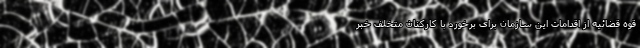
قوه قضائیه از اقدامات این سازمان برای برخورد با کارکنان متخلف خبر